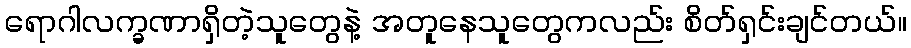
ရောဂါလက္ခဏာရှိတဲ့သူတွေနဲ့ အတူနေသူတွေကလည်း စိတ်ရှင်းချင်တယ်။